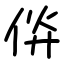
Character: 㑞